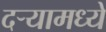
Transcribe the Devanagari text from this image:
दऱ्यामध्ये